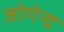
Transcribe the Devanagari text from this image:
जोगेन्द्र